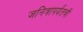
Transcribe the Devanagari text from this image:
जनित्रापर्यंतची